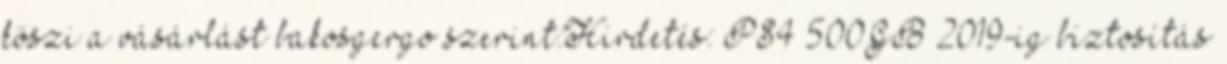
köszi a vásárlást bakosgergo szerint:Hirdetés: PS4 500GB 2019-ig biztosítás